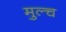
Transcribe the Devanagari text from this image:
मुल्च